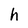
Character: h